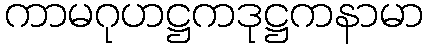
ကာမဂုဟဋ္ဌကဒုဋ္ဌကနာမာ